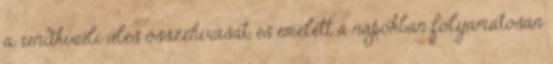
a rendkívüli ülés összehívását, és emelett a napokban folyamatosan